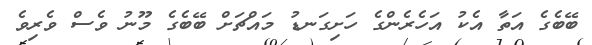
ބޭބެގެ އަތާ އެކު އަހެރެންގެ ހަށިގަނޑު މައްޗަށް ބޭބެގެ މޫނު ވެސް ވެރިވެ